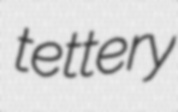
tettery